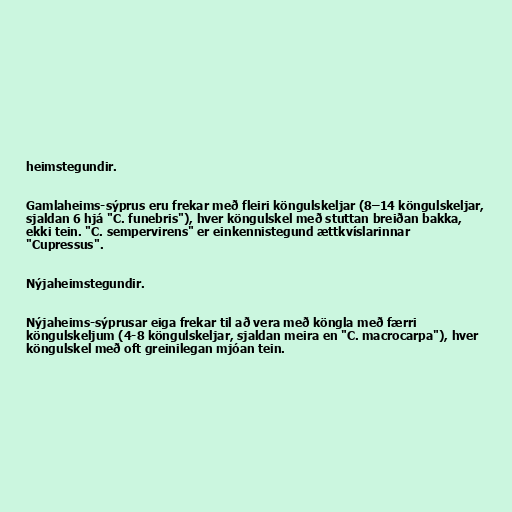
heimstegundir.

Gamlaheims-sýprus eru frekar með fleiri köngulskeljar (8–14 köngulskeljar,
sjaldan 6 hjá "C. funebris"), hver köngulskel með stuttan breiðan bakka,
ekki tein. "C. sempervirens" er einkennistegund ættkvíslarinnar
"Cupressus".

Nýjaheimstegundir.

Nýjaheims-sýprusar eiga frekar til að vera með köngla með færri
köngulskeljum (4-8 köngulskeljar, sjaldan meira en "C. macrocarpa"), hver
köngulskel með oft greinilegan mjóan tein.